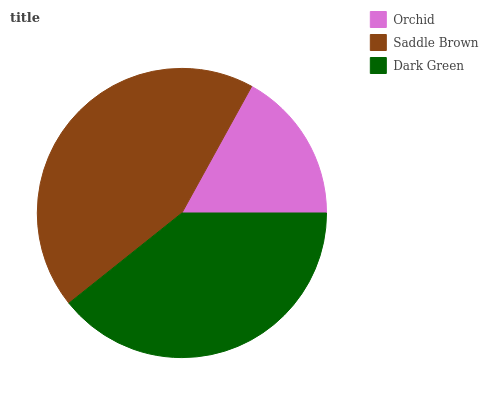
| Orchid | Saddle Brown | Dark Green |
 | --- | --- | --- |
 | 17% | 43.7% | 39.3% |